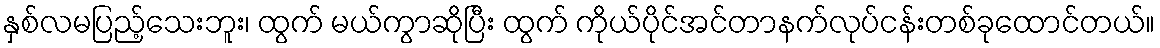
နှစ်လမပြည့်သေးဘူး၊ ထွက် မယ်ကွာဆိုပြီး ထွက် ကိုယ်ပိုင်အင်တာနက်လုပ်ငန်းတစ်ခုထောင်တယ်။